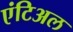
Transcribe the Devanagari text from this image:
एंटिअल